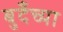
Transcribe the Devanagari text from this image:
बुदँच्या